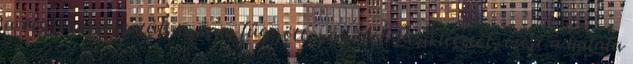
a végrehajtása túlságosan függött magától Periklésztől, ezért a halála